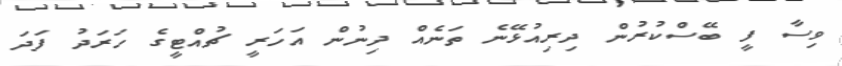
ވިސާ ފީ ބޭސްކުރުން ދިރިއުޅޭނެ ތަނެއް ދިނުން އަހަރީ ޗުއްޓީގެ ހަރަދު ފަދަ